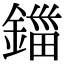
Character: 鍿